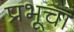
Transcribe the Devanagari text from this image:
प्रभूचा